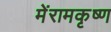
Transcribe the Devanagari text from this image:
मेंरामकृष्ण